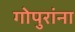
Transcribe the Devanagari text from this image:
गोपुरांना